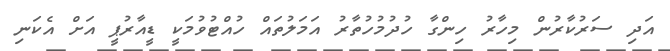
އަދި ސަރުކާރުން މިހާރު ހިންގާ ހުދުމުހުތާރު އަމަލުތައް ހުއްޓުވުމަކީ ޑީއާރުޕީ އަށް އެކަނި